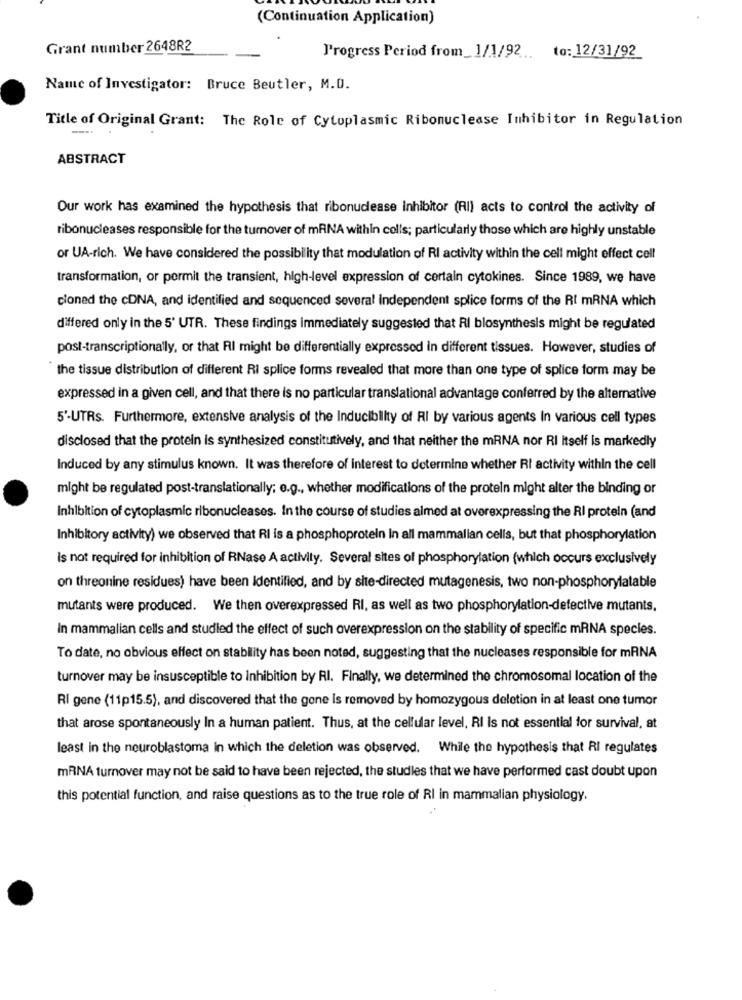
(Continuation Application)
Grant number 2648R2
J'rogress Period from_1/1/92 .. to: 12/31/92
Name of Investigator: Bruce Beutler, M.D.
Title of Original Grant: The Role of Cytoplasmic Ribonuclease Inhibitor in Regulation
-
ABSTRACT
Our work has examined the hypothesis that ribonudease inhibitor (RI) acts to control the activity of
ribonucleases responsible for the turnover of mANA within colls; particularly those which are highly unstable
or UA-rich. We have considered the possibility that modulation of RI activity within the cell might effect cell
transformation, or pormit the transient, high-level expression of certain cytokines. Since 1989, we have
cloned the cDNA, and identified and sequenced several Independent splice forms of the Rt mRNA which
differed only in the 5' UTR. These findings immediately suggested that RI blosynthesis might be regulated
post-transcriptionally, or that RI might be differentially expressed in different tissues. However, studies of
the tissue distribution of different RI splice forms revealed that more than one type of splice form may be
expressed in a given cell, and that there is no particular translational advantage conferred by the alternative
5'-UTRs. Furthermore, extensive analysis of the Inducibility of RI by various agents In various cell types
disclosed that the protein is synthesized constitutively, and that neither the mRNA nor RI itself is markedly
Induced by any stimulus known. It was therefore of interest to determine whether RI activity within the cell
might be regulated post-translationally; e.g ., whether modifications of the protein might alter the binding or
Inhibition of cytoplasmic ribonucleases. In the course of studies almed at overexpressing the RI protein (and
Inhibitory activity) we observed that RI is a phosphoprotein In all mammalian cells, but that phosphorylation
Is not required for inhibition of RNase A activity. Several sites of phosphorylation (which occurs exclusively
on threonine residues) have been identified, and by site-directed mutagenesis, two non-phosphorylatable
mutants were produced. We then overexpressed RI, as well as two phosphorylation-defective mutants,
In mammalian cells and studied the effect of such overexpression on the stability of specific mRNA species.
To date, no obvious effect on stability has been noted, suggesting that the nucleases responsible for mRNA
turnover may be insusceptible to Inhibition by RI. Finally, we determined the chromosomal location of the
RI gene (11p15.5), and discovered that the gone is removed by homozygous deletion in at least one tumor
that arose spontaneously In a human patient. Thus, at the cellular level, RI Is not essential for survival, at
least in the neuroblastoma in which the deletion was observed. While the hypothesis that RI regulates
mRNA turnover may not be said to have been rejected, the studies that we have performed cast doubt upon
this potential function, and raise questions as to the true role of RI in mammalian physiology.